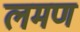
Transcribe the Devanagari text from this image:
लमण